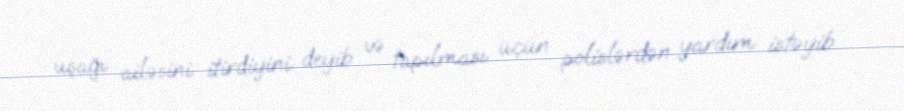
uşağı ailəsini itirdiyini deyib və tapılması üçün polislərdən yardım istəyib.